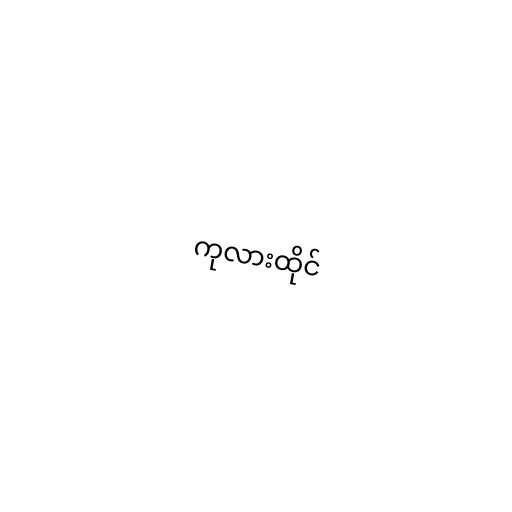
ကုလားထိုင်